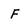
Character: F